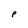
Character: p